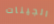
الجينات